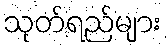
သုတ်ရည်များ